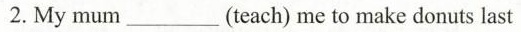
2. My mum___(teach) me to make donuts last